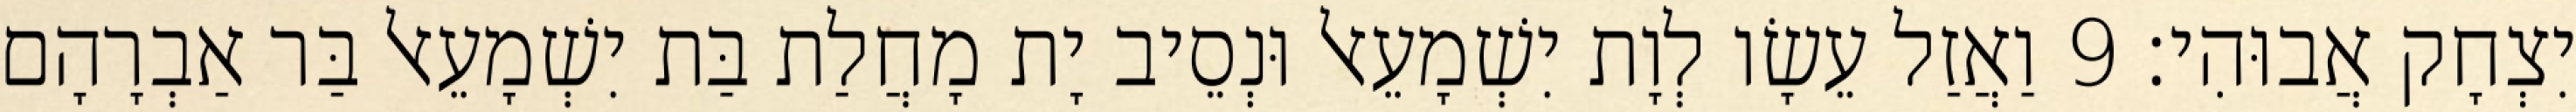
יִצְחָק אֲבוּהִי׃ 9 וַאֲזַל עֵשָׂו לְוָת יִשְׁמָעֵאל וּנְסֵיב יָת מָחֲלַת בַּת יִשְׁמָעֵאל בַּר אַבְרָהָם